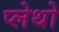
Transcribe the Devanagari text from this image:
प्लेथो